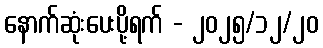
နောက်ဆုံးပေးပို့ရက် - ၂၀၂၅/၁၂/၂၀